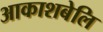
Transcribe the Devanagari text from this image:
आकाशबेलि